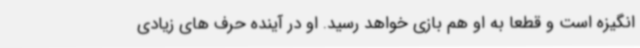
انگیزه است و قطعا به او هم بازی خواهد رسید. او در آینده حرف های زیادی